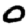
Digit: 0